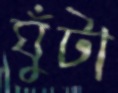
ঘুঁটা